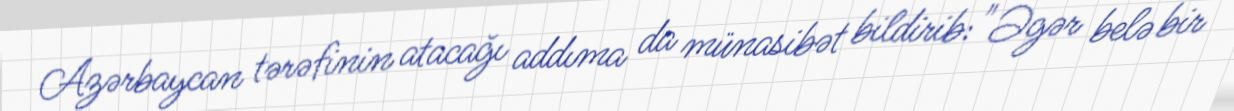
Azərbaycan tərəfinin atacağı addıma da münasibət bildirib:"Əgər belə bir